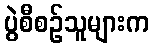
ပွဲစီစဉ်သူများက